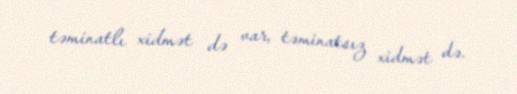
təminatlı xidmət də var, təminatsız xidmət də.